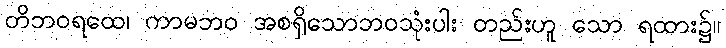
တိဘဝရထေ၊ ကာမဘဝ အစရှိသောဘဝသုံးပါး တည်းဟူ သော ရထား၌။